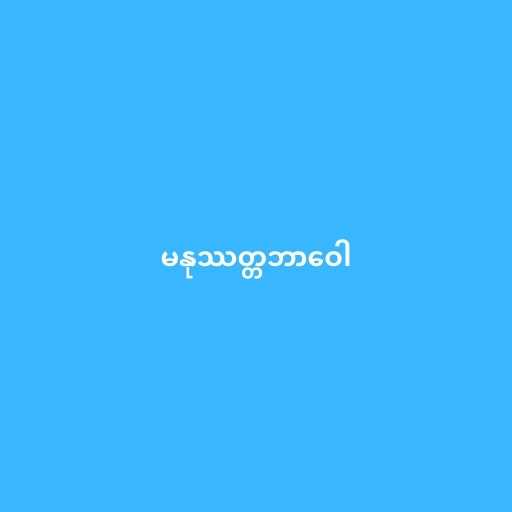
မနုဿတ္တဘာဝေါ